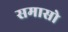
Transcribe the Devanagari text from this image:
समासो